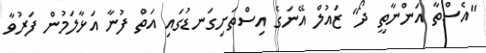
"އެސްތާ އަންނާތީ ދޯ" ޒައުލް އޭނަގެ އިސްތަށިގަނޑުގައި އަތް ފުނާ އަޅާލަމުން ފަރުވާ